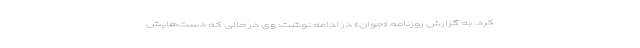
کرد. به گزارش روزنامه «جوان» در ادامه نوشت: وی در حالی که دست‌هایش